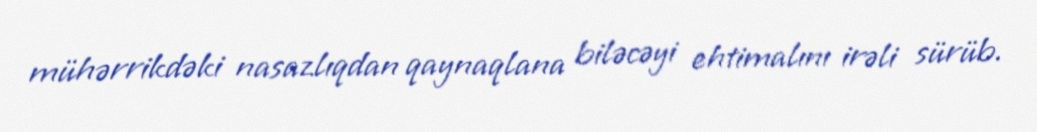
mühərrikdəki nasazlıqdan qaynaqlana biləcəyi ehtimalını irəli sürüb.